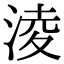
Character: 淩